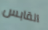
القابس